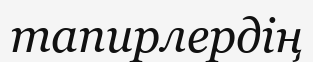
тапирлердің